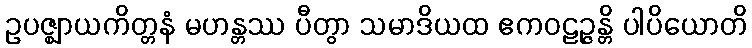
ဥပဇ္ဈာယကိတ္တနံ မဟန္တဿ ပီတွာ သမာဒိယထ ဧကဝဠဉ္ဇန္တိ ပါပိယောတိ